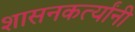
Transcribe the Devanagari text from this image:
शासनकर्त्यांनी